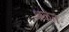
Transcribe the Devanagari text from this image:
शळेत